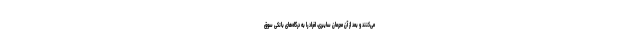
می‌کنند و بعد از آن مجرمان سایبری، افراد را به درگاه‌های بانکی سوق